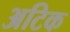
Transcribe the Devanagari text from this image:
अटिक